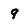
Character: 9